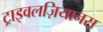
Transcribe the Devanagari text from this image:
ट्राइवलज़ियानस